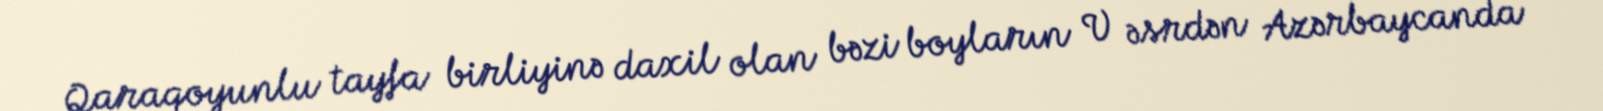
Qaraqoyunlu tayfa birliyinə daxil olan bəzi boyların V əsrdən Azərbaycanda